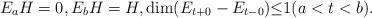
LaTeX: \begin{align*}E_{a}H=0,E_{b}H=H, \dim(E_{t+0}-E_{t-0}){\leq}1 (a<t<b).\end{align*}